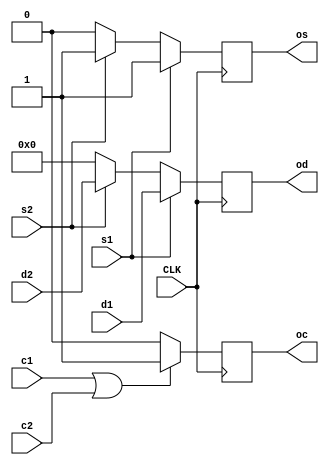
module select_if_active_LUT (s1,s2,d1,d2,c1,c2,od,os,oc,CLK);
	input wire CLK;
	input wire s1;
	input wire s2;
	input wire c1;
	input wire c2;
	input wire [15:0] d1;
	input wire [15:0] d2;
	output reg [15:0] od;
	output reg os;
	output reg oc;
	always@(posedge CLK) 
	begin
		if (s1==1'b1) 
		begin 
			od <= d1; 		
			os <= 1'b1; 
		end else if (s2==1'b1) 
		begin 
			od <= d2; 		
			os <= 1'b1; 
		end else
		begin	
			od <= 16'b0; 	
			os <= 1'b0; 
		end
		if (c1==1'b1 || c2==1'b1) oc <= 1'b1; 
		else oc <= 1'b0; 
	end
endmodule